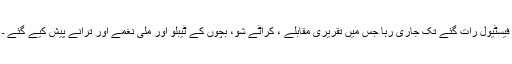
فیسٹیول رات گئے تک جاری رہا جس میں تقریری مقابلے ، کراٹے شو، بچوں کے ٹیبلو اور ملی نغمے اور ترانے پیش کیے گئے ۔